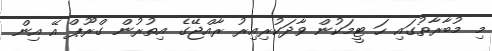
މި މުބާރާތުގައި ހަ ޓީމަކުން ވާދަކުރިއިރު ރާއްޖޭގެ އިތުރުން ގްރޫޕް އޭ އިން